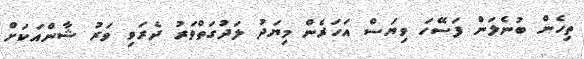
ތިހެން ބުނެލަން ފަސޭހަ ވިޔަސް އަހަރެން މިޔަދު ލަދުގަތްވަރު ދެރަވި ވަރު ޝާންއަކަށް